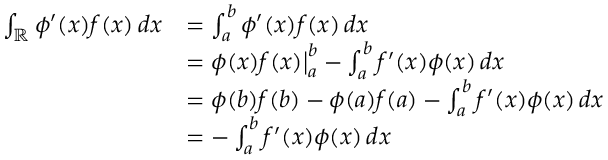
{ \begin{array} { r l } { \int _ { \mathbb { R } } \phi ^ { \prime } ( x ) f ( x ) \, d x } & { = \int _ { a } ^ { b } \phi ^ { \prime } ( x ) f ( x ) \, d x } \\ & { = \phi ( x ) f ( x ) { \big \vert } _ { a } ^ { b } - \int _ { a } ^ { b } f ^ { \prime } ( x ) \phi ( x ) \, d x } \\ & { = \phi ( b ) f ( b ) - \phi ( a ) f ( a ) - \int _ { a } ^ { b } f ^ { \prime } ( x ) \phi ( x ) \, d x } \\ & { = - \int _ { a } ^ { b } f ^ { \prime } ( x ) \phi ( x ) \, d x } \end{array} }